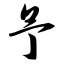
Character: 予